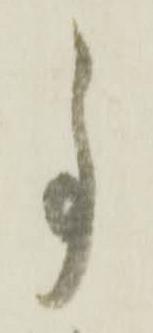
事